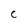
Character: C